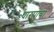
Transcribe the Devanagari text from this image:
धारपांचा